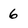
Character: 6